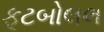
ફૂટબોલલ